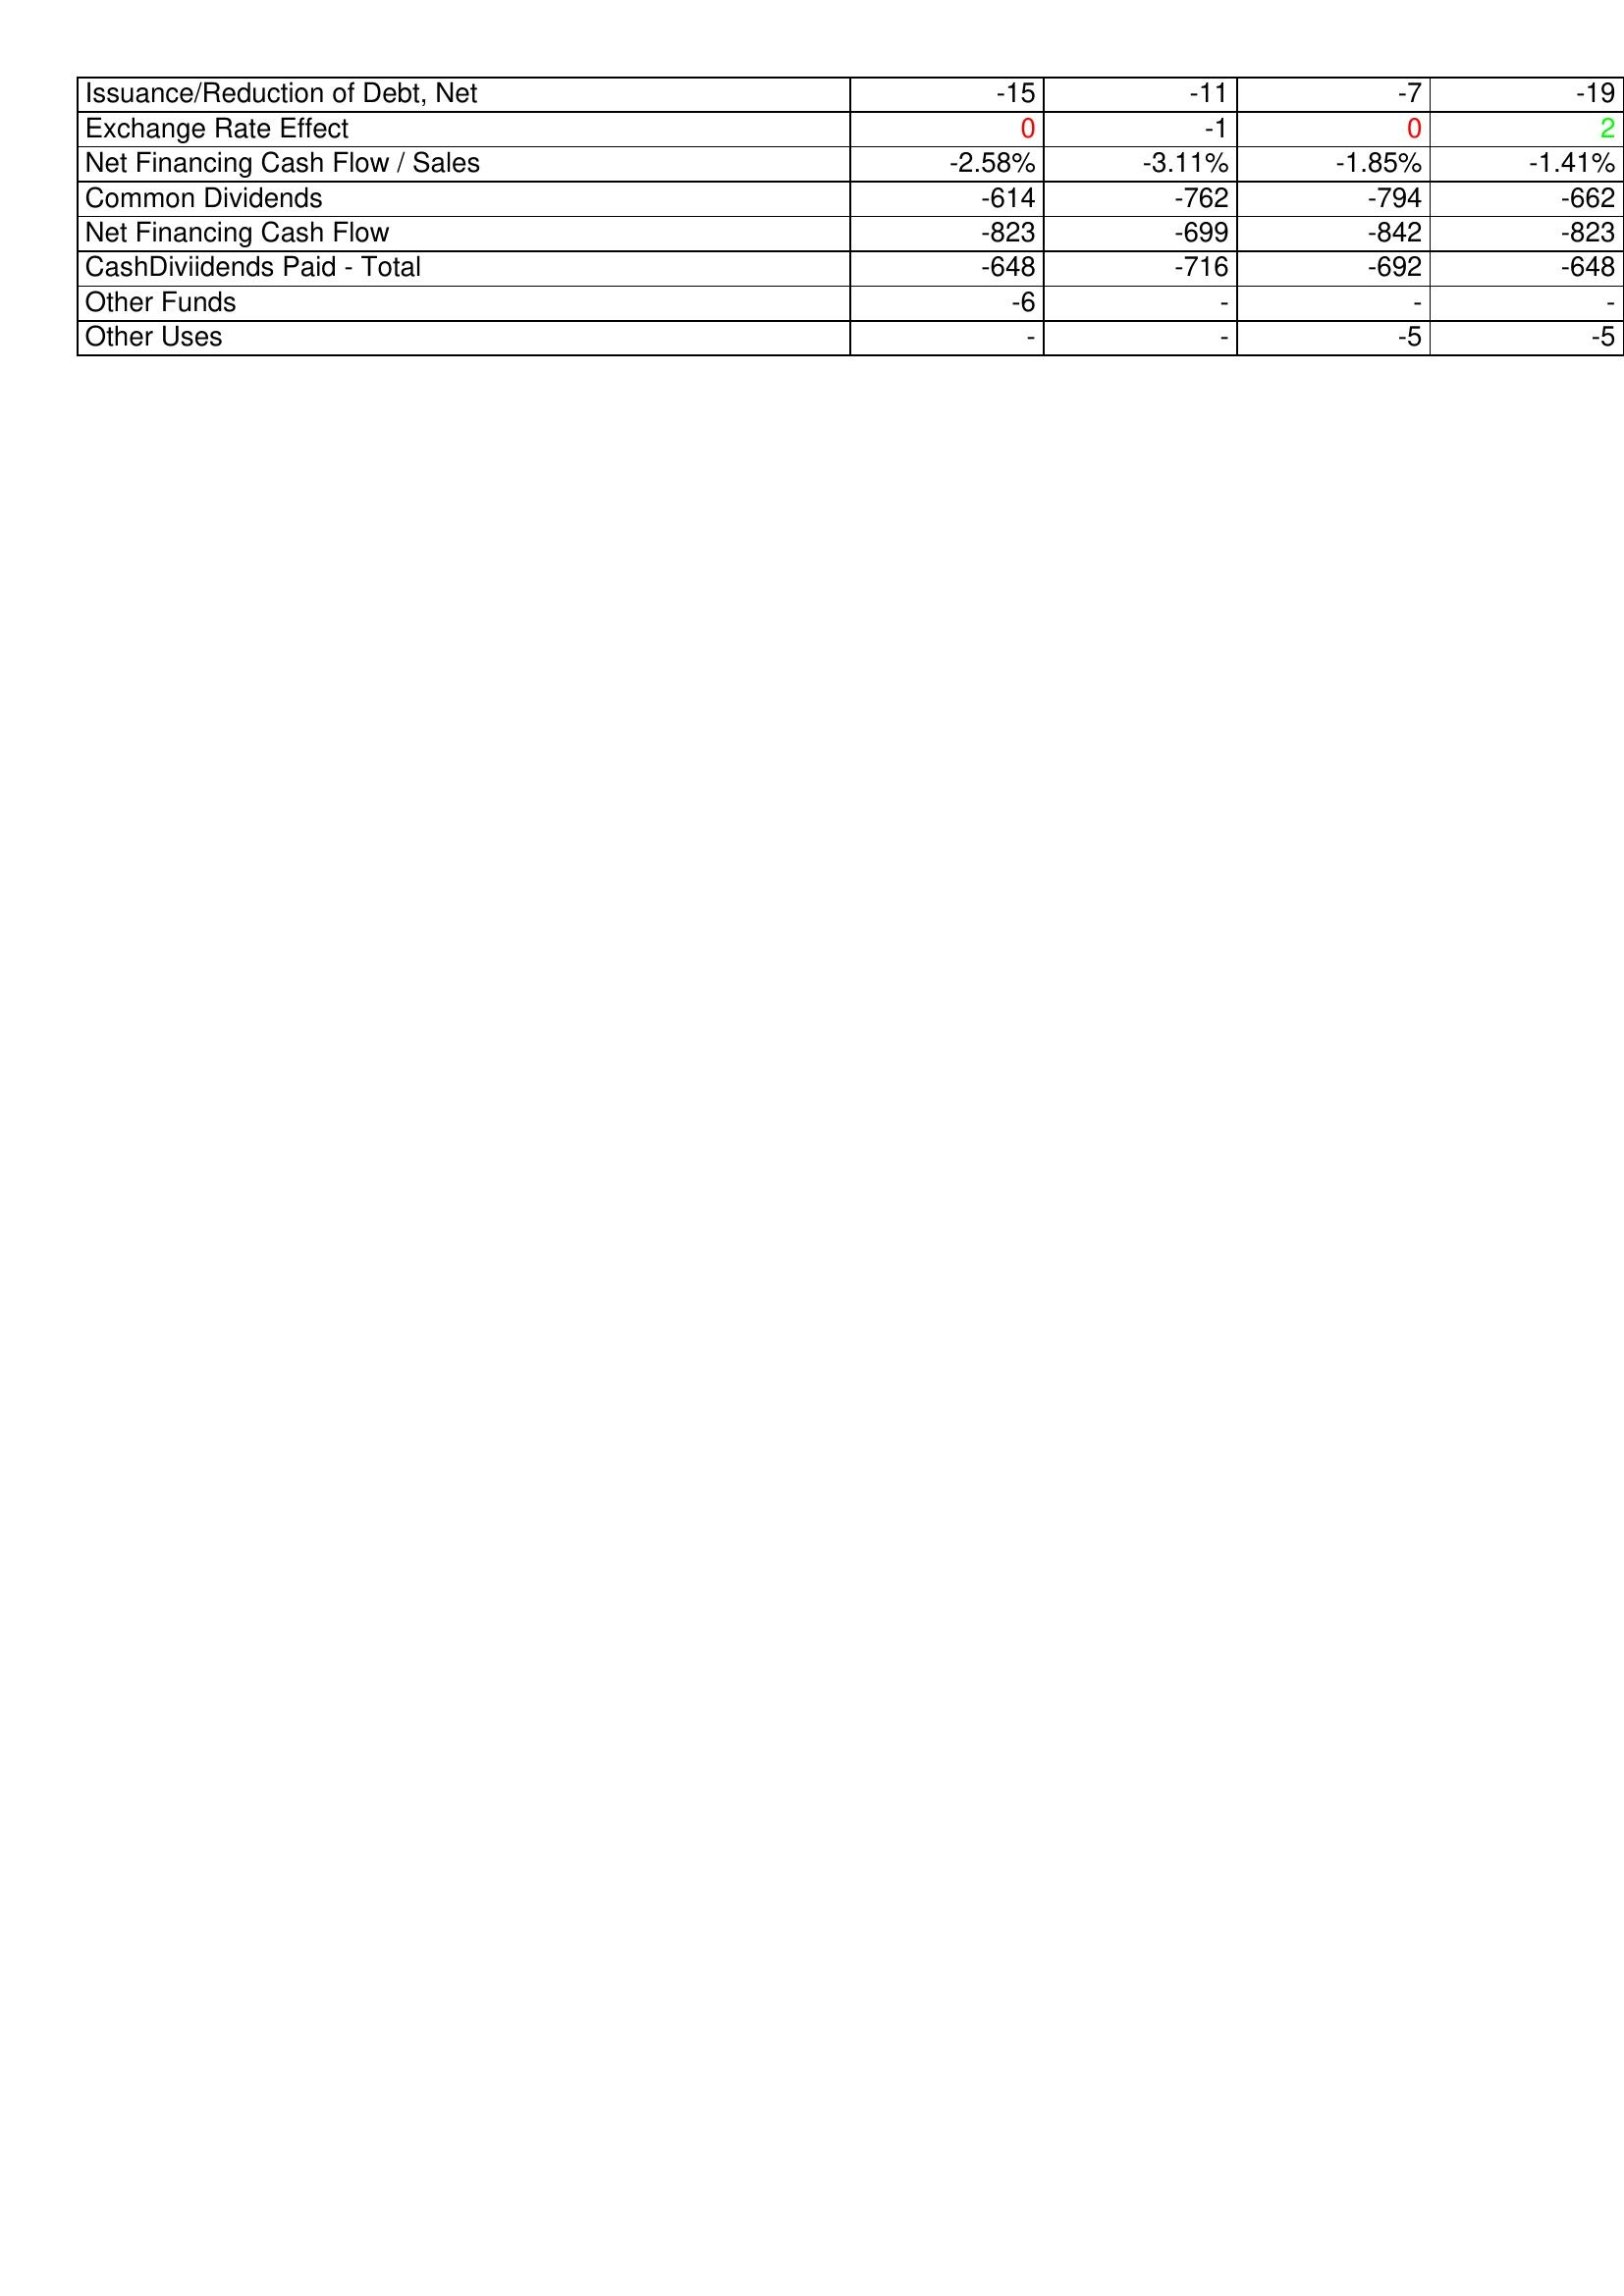
gt_parse: 2008: Financing Activities: Issuance/Reduction of Debt, Net: -15
Exchange Rate Effect: 0
Net Financing Cash Flow / Sales: -2.58%
Common Dividends: -614
Net Financing Cash Flow: -823
CashDiviidends Paid - Total: -648
Other Funds: -6
Other Uses: -
2009: Financing Activities: Issuance/Reduction of Debt, Net: -11
Exchange Rate Effect: -1
Net Financing Cash Flow / Sales: -3.11%
Common Dividends: -762
Net Financing Cash Flow: -699
CashDiviidends Paid - Total: -716
Other Funds: -
Other Uses: -
2010: Financing Activities: Issuance/Reduction of Debt, Net: -7
Exchange Rate Effect: 0
Net Financing Cash Flow / Sales: -1.85%
Common Dividends: -794
Net Financing Cash Flow: -842
CashDiviidends Paid - Total: -692
Other Funds: -
Other Uses: -5
2011: Financing Activities: Issuance/Reduction of Debt, Net: -19
Exchange Rate Effect: 2
Net Financing Cash Flow / Sales: -1.41%
Common Dividends: -662
Net Financing Cash Flow: -823
CashDiviidends Paid - Total: -648
Other Funds: -
Other Uses: -5